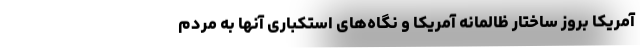
آمریکا بروز ساختار ظالمانه آمریکا و نگاه‌های استکباری آنها به مردم